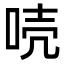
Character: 𠳗